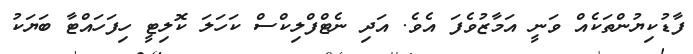
ފާޑުކިޔުންތަކެއް ވަނީ އަމާޒުވެފަ އެވެ. އަދި ނެޓްފްލިކްސް ކަހަލަ ކޮލިޓީ ހިފަހައްޓާ ބަޔަކު